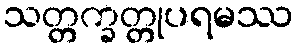
သတ္တက္ခတ္တုပရမဿ